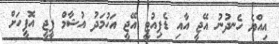
އިއްޔެ ހެނދުނު އޭޖީ އާއި ޑެޕިއުޓީ އޭޖީ އަހުމަދު އުޝާމް ޕީޖީ އޮފީހަށް